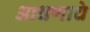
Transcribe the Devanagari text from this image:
आधणाचे